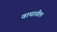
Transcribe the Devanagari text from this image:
वाघातील